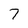
Character: 7